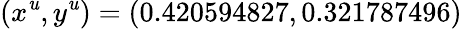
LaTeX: (x^{\mathit{u}},y^{\mathit{u}})=(0.420594827,0.321787496)